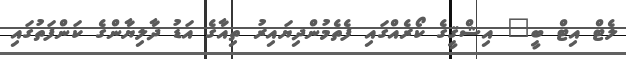
ލެޓް އިޓް ބީ" އިޝްޤީގެ ކޯރެއްގައި ފެތެމުންދިޔައިރު ތިއާގެ އަޑު ދާލިޔާންގެ ކަންފަތުގައި